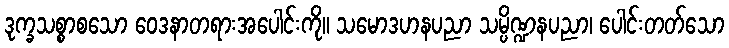
ဒုက္ခသစ္စာစသော ဝေဒနာတရားအပေါင်းကို။ သမောဒဟနပညာ သမ္ပိဏ္ဍနပညာ၊ ပေါင်းတတ်သော